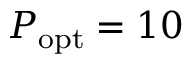
P _ { \mathrm { o p t } } = 1 0